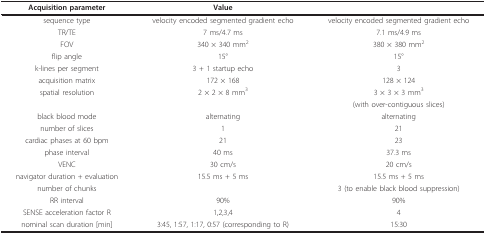
| Acquisition parameter | Value |  |
 | --- | --- | --- |
 | sequence type | velocity encoded segmented gradient echo | velocity encoded segmented gradient echo |
 | TR/TE | 7 ms/4.7 ms | 7.1 ms/4.9 ms |
 | FOV | 340 × 340 mm2 | 380 × 380 mm2 |
 | flip angle | 15° | 15° |
 | k-lines per segment | 3 + 1 startup echo | 3 |
 | acquisition matrix | 172 × 168 | 128 × 124 |
 | spatial resolution | 2 × 2 × 8 mm3 | 3 × 3 × 3 mm3 |
 |  |  | (with over-contiguous slices) |
 | black blood mode | alternating | alternating |
 | number of slices | 1 | 21 |
 | cardiac phases at 60 bpm | 21 | 23 |
 | phase interval | 40 ms | 37.3 ms |
 | VENC | 30 cm/s | 20 cm/s |
 | navigator duration + evaluation | 15.5 ms + 5 ms | 15.5 ms + 5 ms |
 | number of chunks |  | 3 (to enable black blood suppression) |
 | RR interval | 90% | 90% |
 | SENSE acceleration factor R | 1,2,3,4 | 4 |
 | nominal scan duration [min] | 3:45, 1:57, 1:17, 0:57 (corresponding to R) | 15:30 |